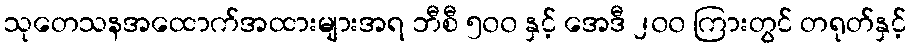
သုတေသနအထောက်အထားများအရ ဘီစီ ၅၀၀ နှင့် အေဒီ ၂၀၀ ကြားတွင် တရုတ်နှင့်